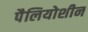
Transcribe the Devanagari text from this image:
पैलियोशीन